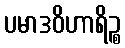
ပမာဒဝိဟာရိဉ္စ